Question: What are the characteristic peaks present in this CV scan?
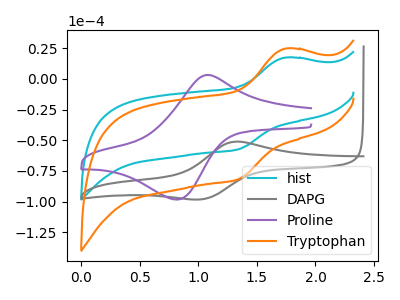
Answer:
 <answer>The cyan curve "hist" has an anodic peak at (1.75V, 17.25uA) and a cathodic peak at (1.35V, -57.20uA). The gray curve "DAPG" has an anodic peak at (1.30V, -51.15uA) and a cathodic peak at (1.05V, -97.95uA). The purple curve "Proline" has an anodic peak at (1.10V, 3.15uA) and a cathodic peak at (0.80V, -98.25uA). The orange curve "Tryptophan" has an anodic peak at (1.75V, 24.55uA) and a cathodic peak at (1.35V, -81.45uA).</answer>
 <eval></eval>